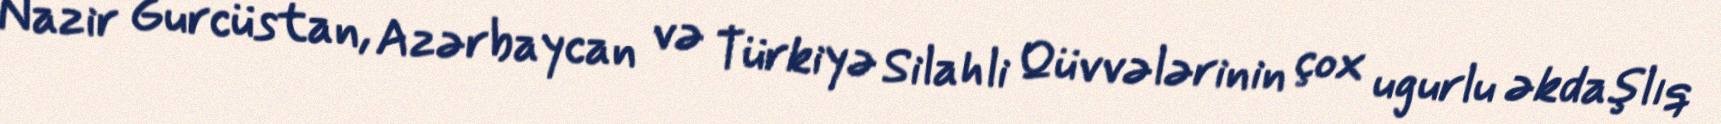
Nazir Gurcüstan, Azərbaycan və Türkiyə Silahli Qüvvələrinin çox ugurlu əkdaşlıq